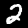
Label: 2